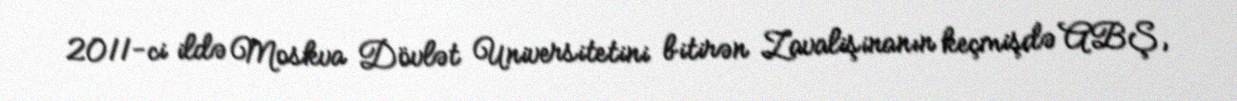
2011-ci ildə Moskva Dövlət Universitetini bitirən Zavalişinanın keçmişdə ABŞ,